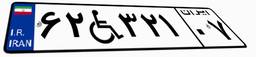
۶۲W۳۲۱۰۷